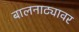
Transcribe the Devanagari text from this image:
बालनाट्यावर